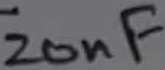
Text: 20nF